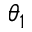
\theta _ { 1 }